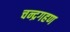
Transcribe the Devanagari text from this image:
चन्द्रगहण